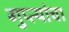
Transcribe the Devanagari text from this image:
गुप्त्यांचा